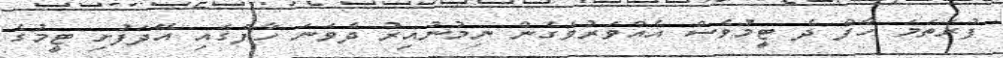
ފުރަތަމަ ހާފް ދެ ޓީމުވެސް އެއްވަރުވެގެން ނިމުނުއިރު ދެވަނަ ހާފްގައި އޭދަފުށި ޓީމުގެ